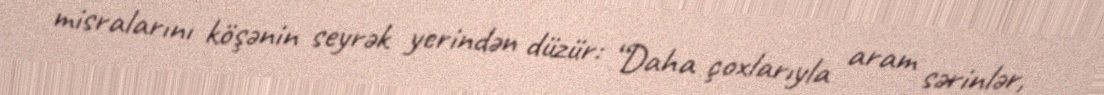
misralarını köşənin seyrək yerindən düzür: “Daha çoxlarıyla aram sərinlər,